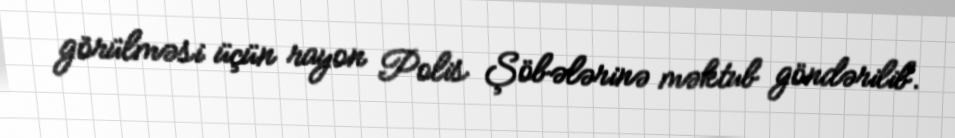
görülməsi üçün rayon Polis Şöbələrinə məktub göndərilib.